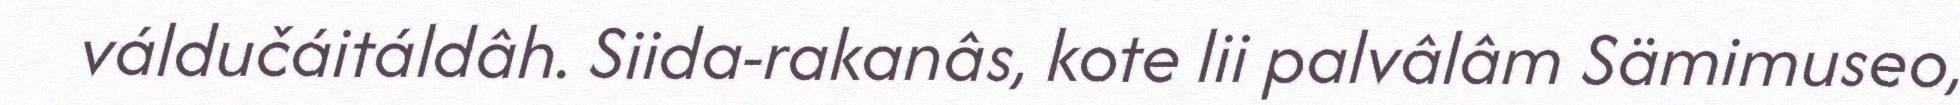
váldučáitáldâh. Siida-rakanâs, kote lii palvâlâm Sämimuseo,